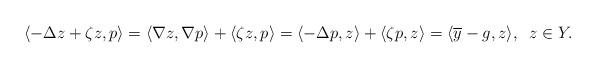
LaTeX: \begin{align*}\langle -\Delta z+\zeta z, p \rangle = \langle \nabla z, \nabla p \rangle + \langle\zeta z, p \rangle= \langle -\Delta p, z \rangle+ \langle\zeta p, z \rangle= \langle \overline{y}-g, z \rangle, \;\; z\in Y. \end{align*}